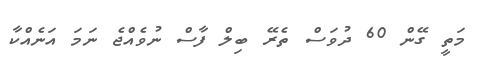
މަތީ ގޭން 60 ދުވަސް ތެރޭ ބިލް ފާސް ނުވެއްޖެ ނަމަ އަނެއްކާ